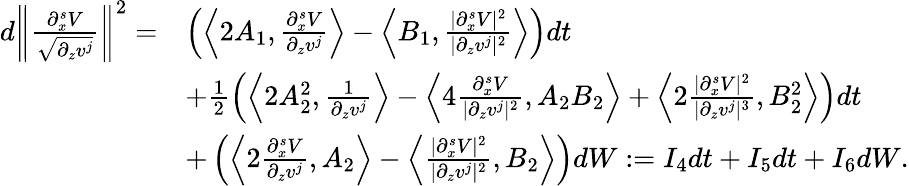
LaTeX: \begin{array}{rl}{d\left\| \frac{\partial_{x}^{s}V}{\sqrt{\partial_{z}v^{j}}}\right\| ^{2}=}&{\left(\left\langle 2A_{1},\frac{\partial_{x}^{s}V}{\partial_{z}v^{j}}\right\rangle-\left\langle B_{1},\frac{|\partial_{x}^{s}V|^{2}}{|\partial_{z}v^{j}|^{2}}\right\rangle\right)dt}\\ &{+\frac 12\left(\left\langle 2A_{2}^{2},\frac 1{\partial_{z}v^{j}}\right\rangle-\left\langle 4\frac{\partial_{x}^{s}V}{|\partial_{z}v^{j}|^{2}},A_{2}B_{2}\right\rangle+\left\langle 2\frac{|\partial_{x}^{s}V|^{2}}{|\partial_{z}v^{j}|^{3}},B_{2}^{2}\right\rangle\right)dt}\\ &{+\left(\left\langle 2\frac{\partial_{x}^{s}V}{\partial_{z}v^{j}},A_{2}\right\rangle-\left\langle\frac{|\partial_{x}^{s}V|^{2}}{|\partial_{z}v^{j}|^{2}},B_{2}\right\rangle\right)dW:=I_{4}dt+I_{5}dt+I_{6}dW.}\end{array}